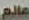
عالم